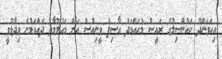
އިހަވަންދޫ ކައުންސިލުގެ ރައީސް މުހައްމަދު އާސިފް ވީނިއުސް އަށް މައުލޫމާތު ދެއްވަމުން ވިދާޅުވީ